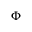
\boldsymbol { \Phi }